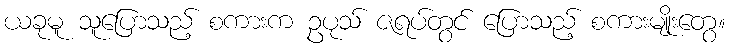
ယခုမူ သူပြောသည့် စကားက ဥပုသ် ဇရပ်တွင် ပြောသည့် စကားမျိုးတွေ။